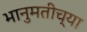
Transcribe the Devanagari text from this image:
भानुमतीच्या